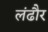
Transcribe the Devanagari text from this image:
लंढौर